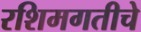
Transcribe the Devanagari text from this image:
रशिमगतीचे